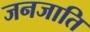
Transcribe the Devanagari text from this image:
जनजाति